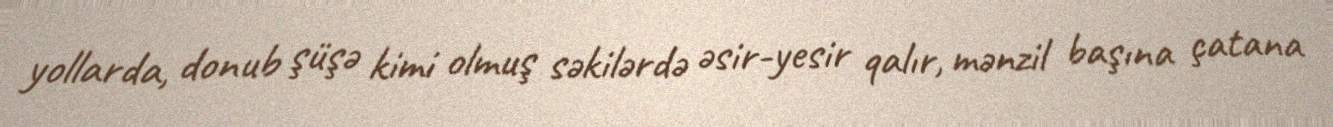
yollarda, donub şüşə kimi olmuş səkilərdə əsir-yesir qalır, mənzil başına çatana